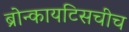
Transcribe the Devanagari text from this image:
ब्रोन्कायटिसचीच